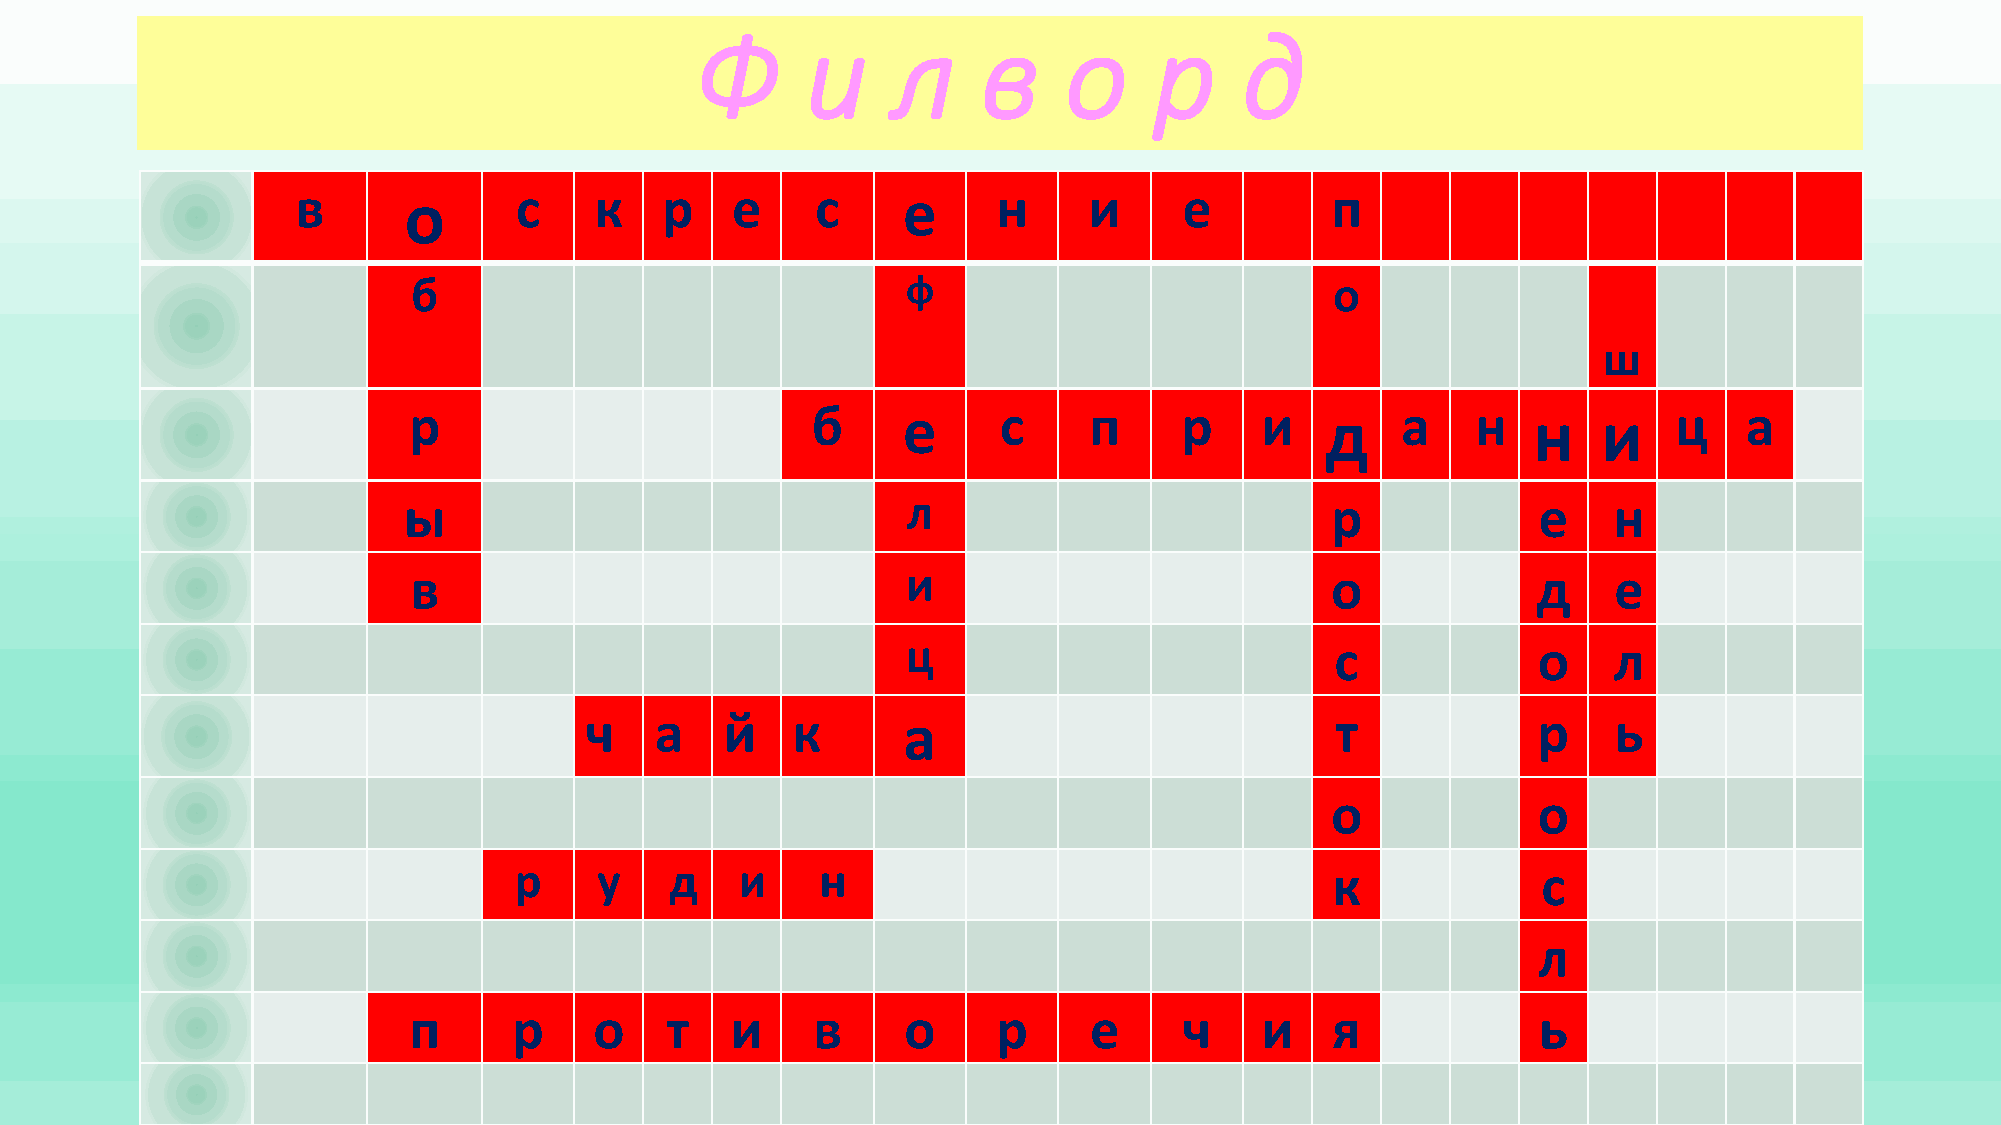
Ф      и     л     в    о     р     д
 в      о      с    к    р   е     с     е     н     и     е         п
 б                                ф                           о
 ш
 р                          б     е     с     п     р    и    д    а    н  н    и    ц    а
 ы                                л                           р             е    н
 в                                и                           о             д    е
 ц                           с             о    л
 ч   а    й   к       а                           т             р    ь
 о             о
 р     у   д    и    н                                 к             с
 л
 п      р    о    т   и     в     о     р     е     ч    и    я             ь